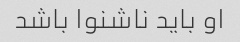
او باید ناشنوا باشد